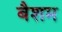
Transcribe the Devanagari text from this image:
बैशम